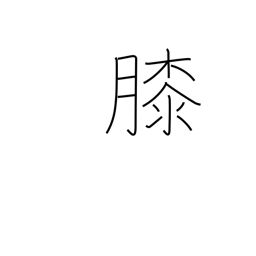
Meaning: lap